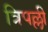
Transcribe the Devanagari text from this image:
त्रिपल्ली